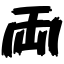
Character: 両